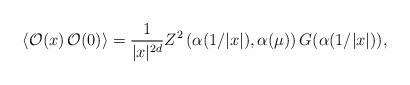
LaTeX: \begin{align*}\langle {\cal O}(x)\,{\cal O}(0)\rangle ={\frac{1}{|x|^{2d}}}Z^{2}\left(\alpha (1/|x|),\alpha (\mu )\right) G(\alpha (1/|x|)), \end{align*}